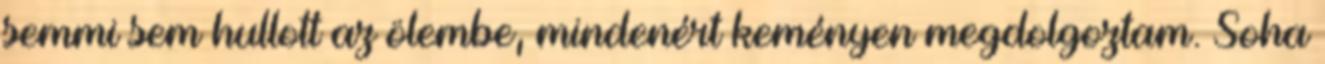
semmi sem hullott az ölembe, mindenért keményen megdolgoztam. Soha